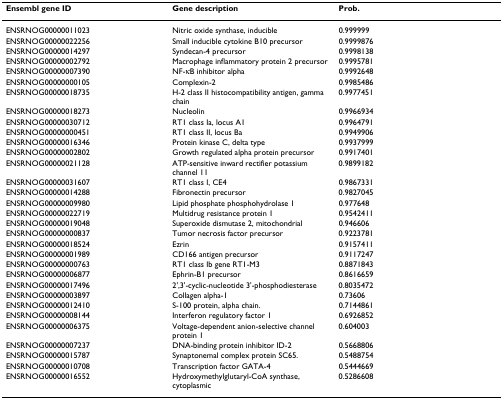
<table><thead><tr><td><b>Ensembl gene ID</b></td><td><b>Gene description</b></td><td><b>Prob.</b></td></tr></thead><tbody><tr><td>ENSRNOG00000011023</td><td>Nitric oxide synthase, inducible</td><td>0.999999</td></tr><tr><td>ENSRNOG00000022256</td><td>Small inducible cytokine B10 precursor</td><td>0.9999876</td></tr><tr><td>ENSRNOG00000014297</td><td>Syndecan-4 precursor</td><td>0.9998138</td></tr><tr><td>ENSRNOG00000002792</td><td>Macrophage inflammatory protein 2 precursor</td><td>0.9995781</td></tr><tr><td>ENSRNOG00000007390</td><td>NF-κB inhibitor alpha</td><td>0.9992648</td></tr><tr><td>ENSRNOG00000000105</td><td>Complexin-2</td><td>0.9985486</td></tr><tr><td>ENSRNOG00000018735</td><td>H-2 class II histocompatibility antigen, gamma chain</td><td>0.9977451</td></tr><tr><td>ENSRNOG00000018273</td><td>Nucleolin</td><td>0.9966934</td></tr><tr><td>ENSRNOG00000030712</td><td>RT1 class Ia, locus A1</td><td>0.9964791</td></tr><tr><td>ENSRNOG00000000451</td><td>RT1 class II, locus Ba</td><td>0.9949906</td></tr><tr><td>ENSRNOG00000016346</td><td>Protein kinase C, delta type</td><td>0.9937999</td></tr><tr><td>ENSRNOG00000002802</td><td>Growth regulated alpha protein precursor</td><td>0.9917401</td></tr><tr><td>ENSRNOG00000021128</td><td>ATP-sensitive inward rectifier potassium channel 11</td><td>0.9899182</td></tr><tr><td>ENSRNOG00000031607</td><td>RT1 class I, CE4</td><td>0.9867331</td></tr><tr><td>ENSRNOG00000014288</td><td>Fibronectin precursor</td><td>0.9827045</td></tr><tr><td>ENSRNOG00000009980</td><td>Lipid phosphate phosphohydrolase 1</td><td>0.977648</td></tr><tr><td>ENSRNOG00000022719</td><td>Multidrug resistance protein 1</td><td>0.9542411</td></tr><tr><td>ENSRNOG00000019048</td><td>Superoxide dismutase 2, mitochondrial</td><td>0.946606</td></tr><tr><td>ENSRNOG00000000837</td><td>Tumor necrosis factor precursor</td><td>0.9223781</td></tr><tr><td>ENSRNOG00000018524</td><td>Ezrin</td><td>0.9157411</td></tr><tr><td>ENSRNOG00000001989</td><td>CD166 antigen precursor</td><td>0.9117247</td></tr><tr><td>ENSRNOG00000000763</td><td>RT1 class Ib gene RT1-M3</td><td>0.8871843</td></tr><tr><td>ENSRNOG00000006877</td><td>Ephrin-B1 precursor</td><td>0.8616659</td></tr><tr><td>ENSRNOG00000017496</td><td>2&#x27;,3&#x27;-cyclic-nucleotide 3&#x27;-phosphodiesterase</td><td>0.8035472</td></tr><tr><td>ENSRNOG00000003897</td><td>Collagen alpha-1</td><td>0.73606</td></tr><tr><td>ENSRNOG00000012410</td><td>S-100 protein, alpha chain.</td><td>0.7144861</td></tr><tr><td>ENSRNOG00000008144</td><td>Interferon regulatory factor 1</td><td>0.6926852</td></tr><tr><td>ENSRNOG00000006375</td><td>Voltage-dependent anion-selective channel protein 1</td><td>0.604003</td></tr><tr><td>ENSRNOG00000007237</td><td>DNA-binding protein inhibitor ID-2</td><td>0.5668806</td></tr><tr><td>ENSRNOG00000015787</td><td>Synaptonemal complex protein SC65.</td><td>0.5488754</td></tr><tr><td>ENSRNOG00000010708</td><td>Transcription factor GATA-4</td><td>0.5444669</td></tr><tr><td>ENSRNOG00000016552</td><td>Hydroxymethylglutaryl-CoA synthase, cytoplasmic</td><td>0.5286608</td></tr></tbody></table>